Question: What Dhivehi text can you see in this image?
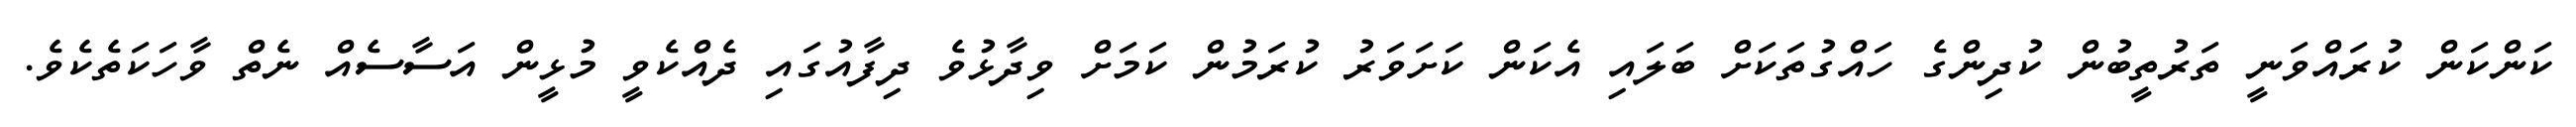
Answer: ކަންކަން ކުރައްވަނީ ތަރުތީބުން ކުދިންގެ ހައްގުތަކަށް ބަލައި އެކަން ކަށަވަރު ކުރަމުން ކަމަށް ވިދާޅުވެ ދިފާއުގައި ދެއްކެވީ މުޅީން އަސާސެއް ނެތް ވާހަކަތެކެވެ.